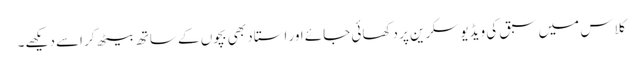
کلاس میں سبق کی ویڈیو سکرین پر دکھائی جائے اور استاد بھی بچوں کے ساتھ بیٹھ کر اسے دیکھے۔